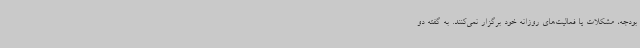
بودجه، مشکلات یا فعالیت‌های روزانه خود برگزار نمی‌کنند. به گفته دو